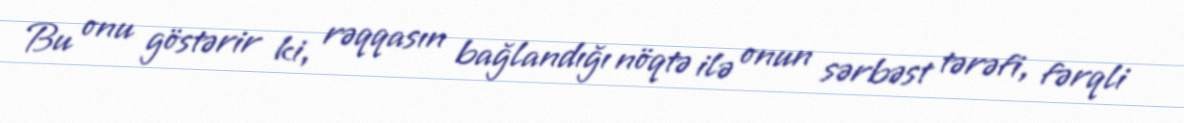
Bu onu göstərir ki, rəqqasın bağlandığı nöqtə ilə onun sərbəst tərəfi, fərqli